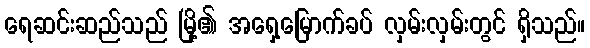
ရေဆင်းဆည်သည် မြို့၏ အရှေ့မြောက်ခပ် လှမ်းလှမ်းတွင် ရှိသည်။